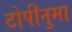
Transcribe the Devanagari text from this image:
टोपीनुमा